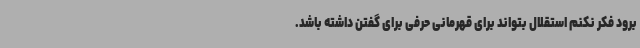
برود فکر نکنم استقلال بتواند برای قهرمانی حرفی برای گفتن داشته باشد.